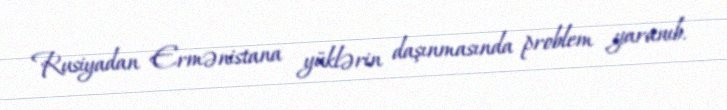
Rusiyadan Ermənistana yüklərin daşınmasında problem yaranıb.